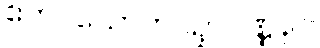
ဧကပယောကပဥှာဝဏ္ဏနာ။